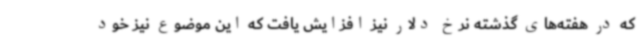
که در هفته‌های گذشته نرخ دلار نیز افزایش یافت که این موضوع نیز خود